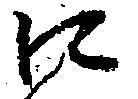
に